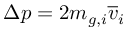
\Delta p = 2 m _ { g , i } \overline { { v } } _ { i }